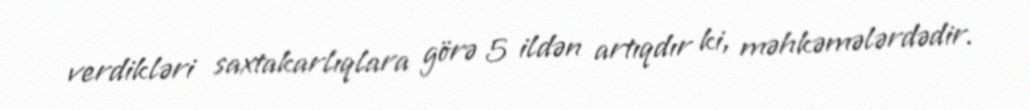
verdikləri saxtakarlıqlara görə 5 ildən artıqdır ki, məhkəmələrdədir.